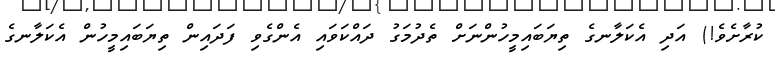
ކުރާށެވެ!) އަދި އެކަލާނގެ ތިޔަބައިމީހުންނަށް ތެދުމަގު ދައްކަވައި އެންގެވި ފަދައިން ތިޔަބައިމީހުން އެކަލާނގެ